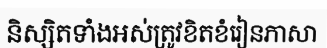
និស្សិតទាំងអស់ត្រូវខិតខំរៀនភាសា